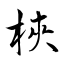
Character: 梜